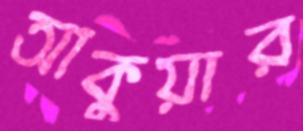
আকুয়ার